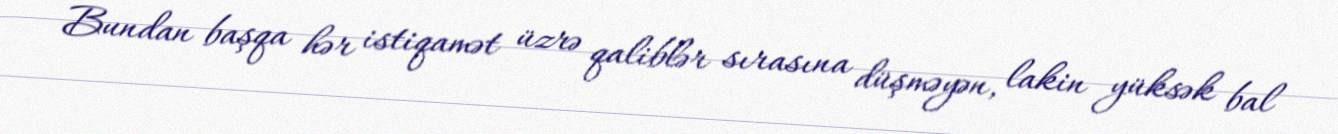
Bundan başqa hər istiqamət üzrə qaliblər sırasına düşməyən, lakin yüksək bal